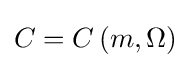
\textstyle C=C\left(m,\Omega \right)